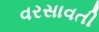
વરસાવતી